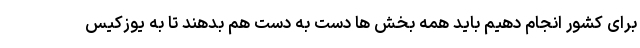
برای کشور انجام دهیم باید همه بخش ها دست به دست هم بدهند تا به یوزکیس